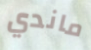
ماندي